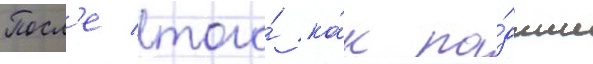
Посл'е того́ ка́к па́дшие